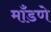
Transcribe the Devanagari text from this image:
माँडणे